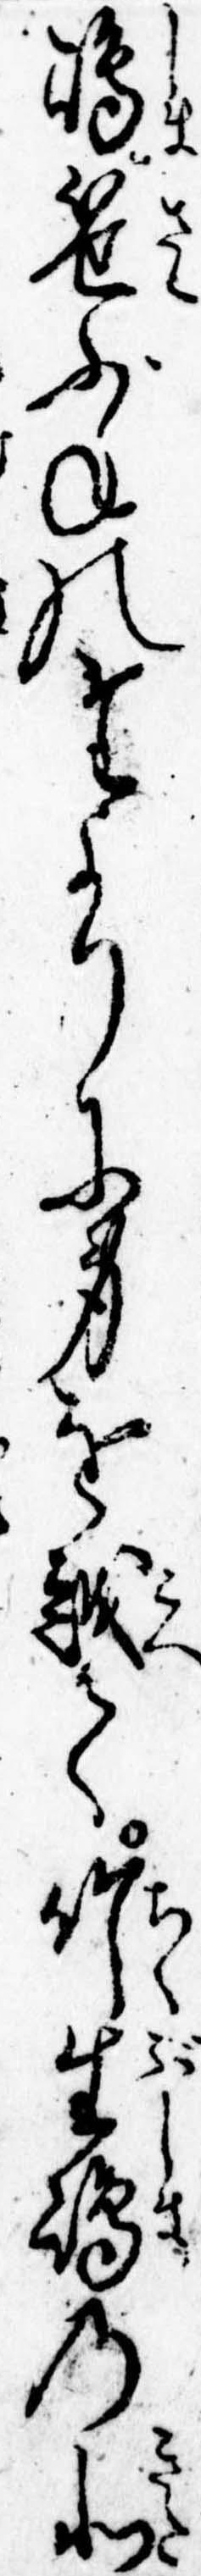
島笹ぶねのたよりに身を越て竹生島の北